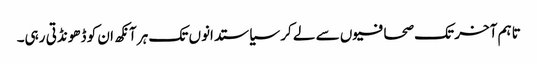
تاہم آخر تک صحافیوں سے لے کر سیاستدانوں تک ہر آنکھ ان کو ڈھونڈتی رہی۔